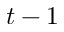
t - 1